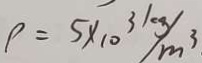
\rho = 5 \times 1 0 ^ { 3 } k g / m ^ { 3 }